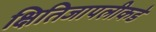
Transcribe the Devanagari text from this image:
क्षितिजापलीकडे